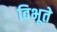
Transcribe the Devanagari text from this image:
विभूते